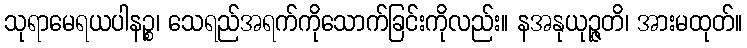
သုရာမေရယပါနဉ္စ၊ သေရည်အရက်ကိုသောက်ခြင်းကိုလည်း။ နအနုယုဉ္ဇတိ၊ အားမထုတ်။